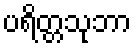
ပရိတ္တသုဘာ